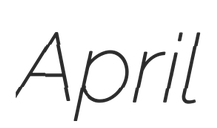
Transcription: April